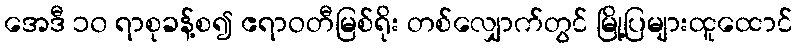
အေဒီ ၁၀ ရာစုခန့်စ၍ ဧရာဝတီမြစ်ရိုး တစ်လျှောက်တွင် မြို့ပြများထူထောင်